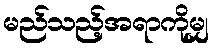
မည်သည့်အရာကိုမျှ